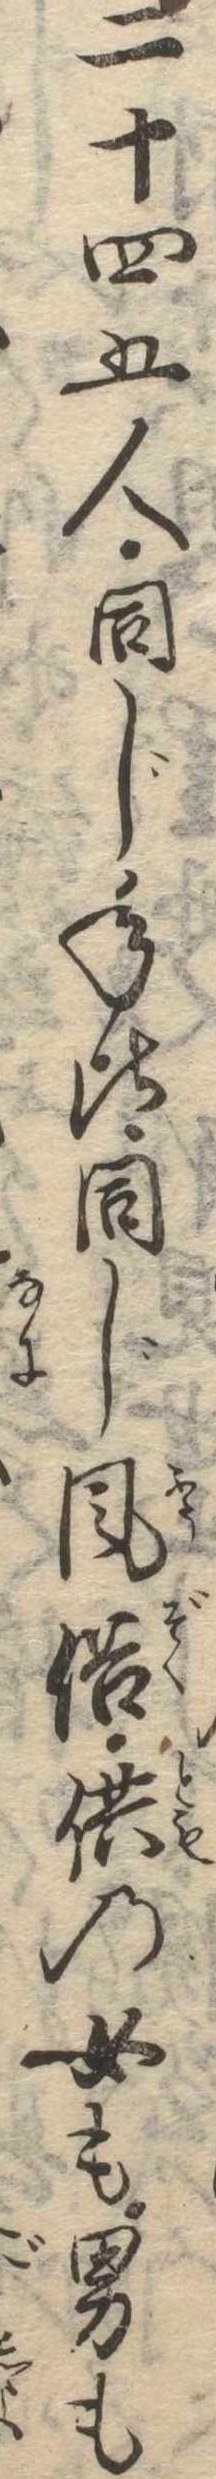
二十四五人同じ年比同じ風俗供の女も男も